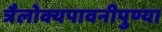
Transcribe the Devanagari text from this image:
त्रैलोक्यपावनीपुण्या